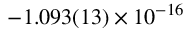
- 1 . 0 9 3 ( 1 3 ) \times 1 0 ^ { - 1 6 }